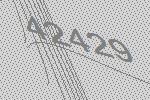
42429